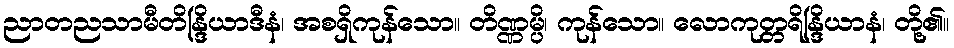
ညာတညသာမီတိန္ဒြိယာဒီနံ၊ အစရှိကုန်သော။ တိဏ္ဏမ္ပိ၊ ကုန်သော။ လောကုတ္တရိန္ဒြိယာနံ၊ တို့၏။